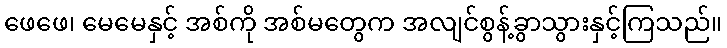
ဖေဖေ၊ မေမေနှင့် အစ်ကို အစ်မတွေက အလျင်စွန့်ခွာသွားနှင့်ကြသည်။